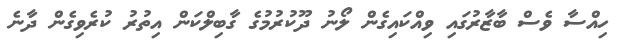
ހިއްސާ ވެސް ބާޒާރުގައި ވިއްކައިގެން ލޯނު ދޫކުރުމުގެ ގާބިލްކަން އިތުރު ކުރެވިގެން ދާނެ